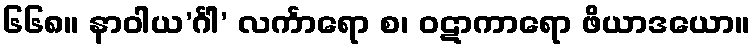
၆၆၈။ နာဝါယ’င်္ဂါ’ လင်္ကာရော စ၊ ဝဋာကာရော ဖိယာဒယော။